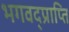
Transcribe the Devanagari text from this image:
भगवद्प्राप्ति